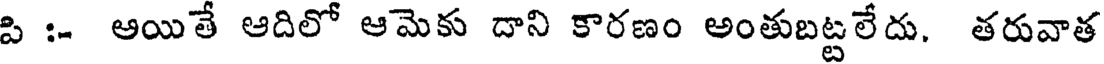
పి :- అయితే ఆదిలో ఆమెకు దాని కారణం అంతుబట్టలేదు. తరువాత